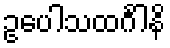
ဥပေါသထင်္ဂါနိ